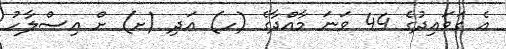
އެ ގަވައިދުގެ 44 ވަނަ މާއްދާގެ (ހ) އަދި (ށ) ށް އިސްލާހު